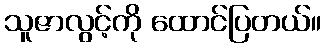
သူဇာလွင့်ကို ထောင်ပြတယ်။